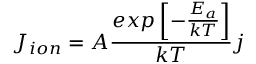
J _ { i o n } = A \frac { e x p \left[ - \frac { E _ { a } } { k T } \right] } { k T } j